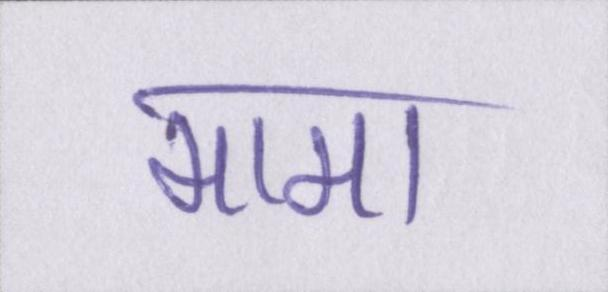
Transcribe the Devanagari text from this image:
मामा